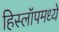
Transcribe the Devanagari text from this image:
हिस्लॉपमध्ये